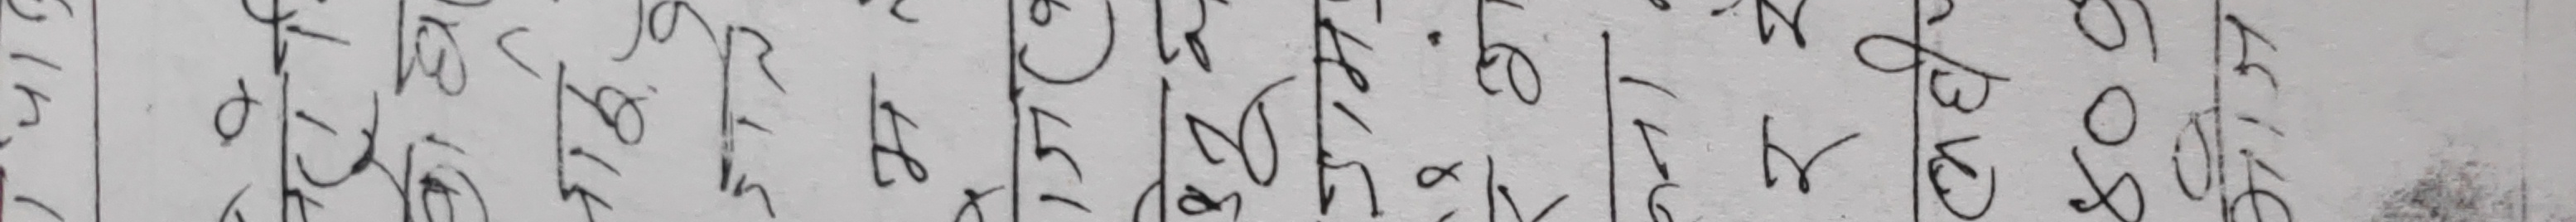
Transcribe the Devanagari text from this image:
मौज
४००
Hilf
pw
र रे
४
H15
म
जख
ة
تر آر
یے
6
Jln I